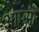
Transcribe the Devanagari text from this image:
आप्सो